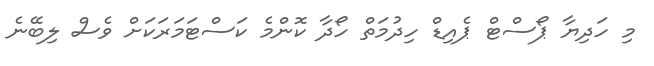
މި ހަދިޔާ ޕޯސްޓް ޕެއިޑް ހިދުމަތް ހޯދާ ކޮންމެ ކަސްޓަމަރަކަށް ވެސް ލިބޭނެ